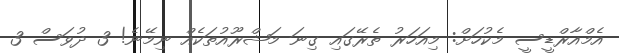
އެމްއާރްޑީސީ މެކުހަށް: މިއަހަރު ތެރޭގައި ގިނަ މަޝްރޫއުތަކެއް ނިމޭނެ! 3 ދުވަސް 3